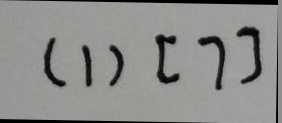
( 1 ) [ 7 ]